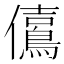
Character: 𠑃